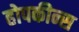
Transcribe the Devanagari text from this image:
होपकीन्स